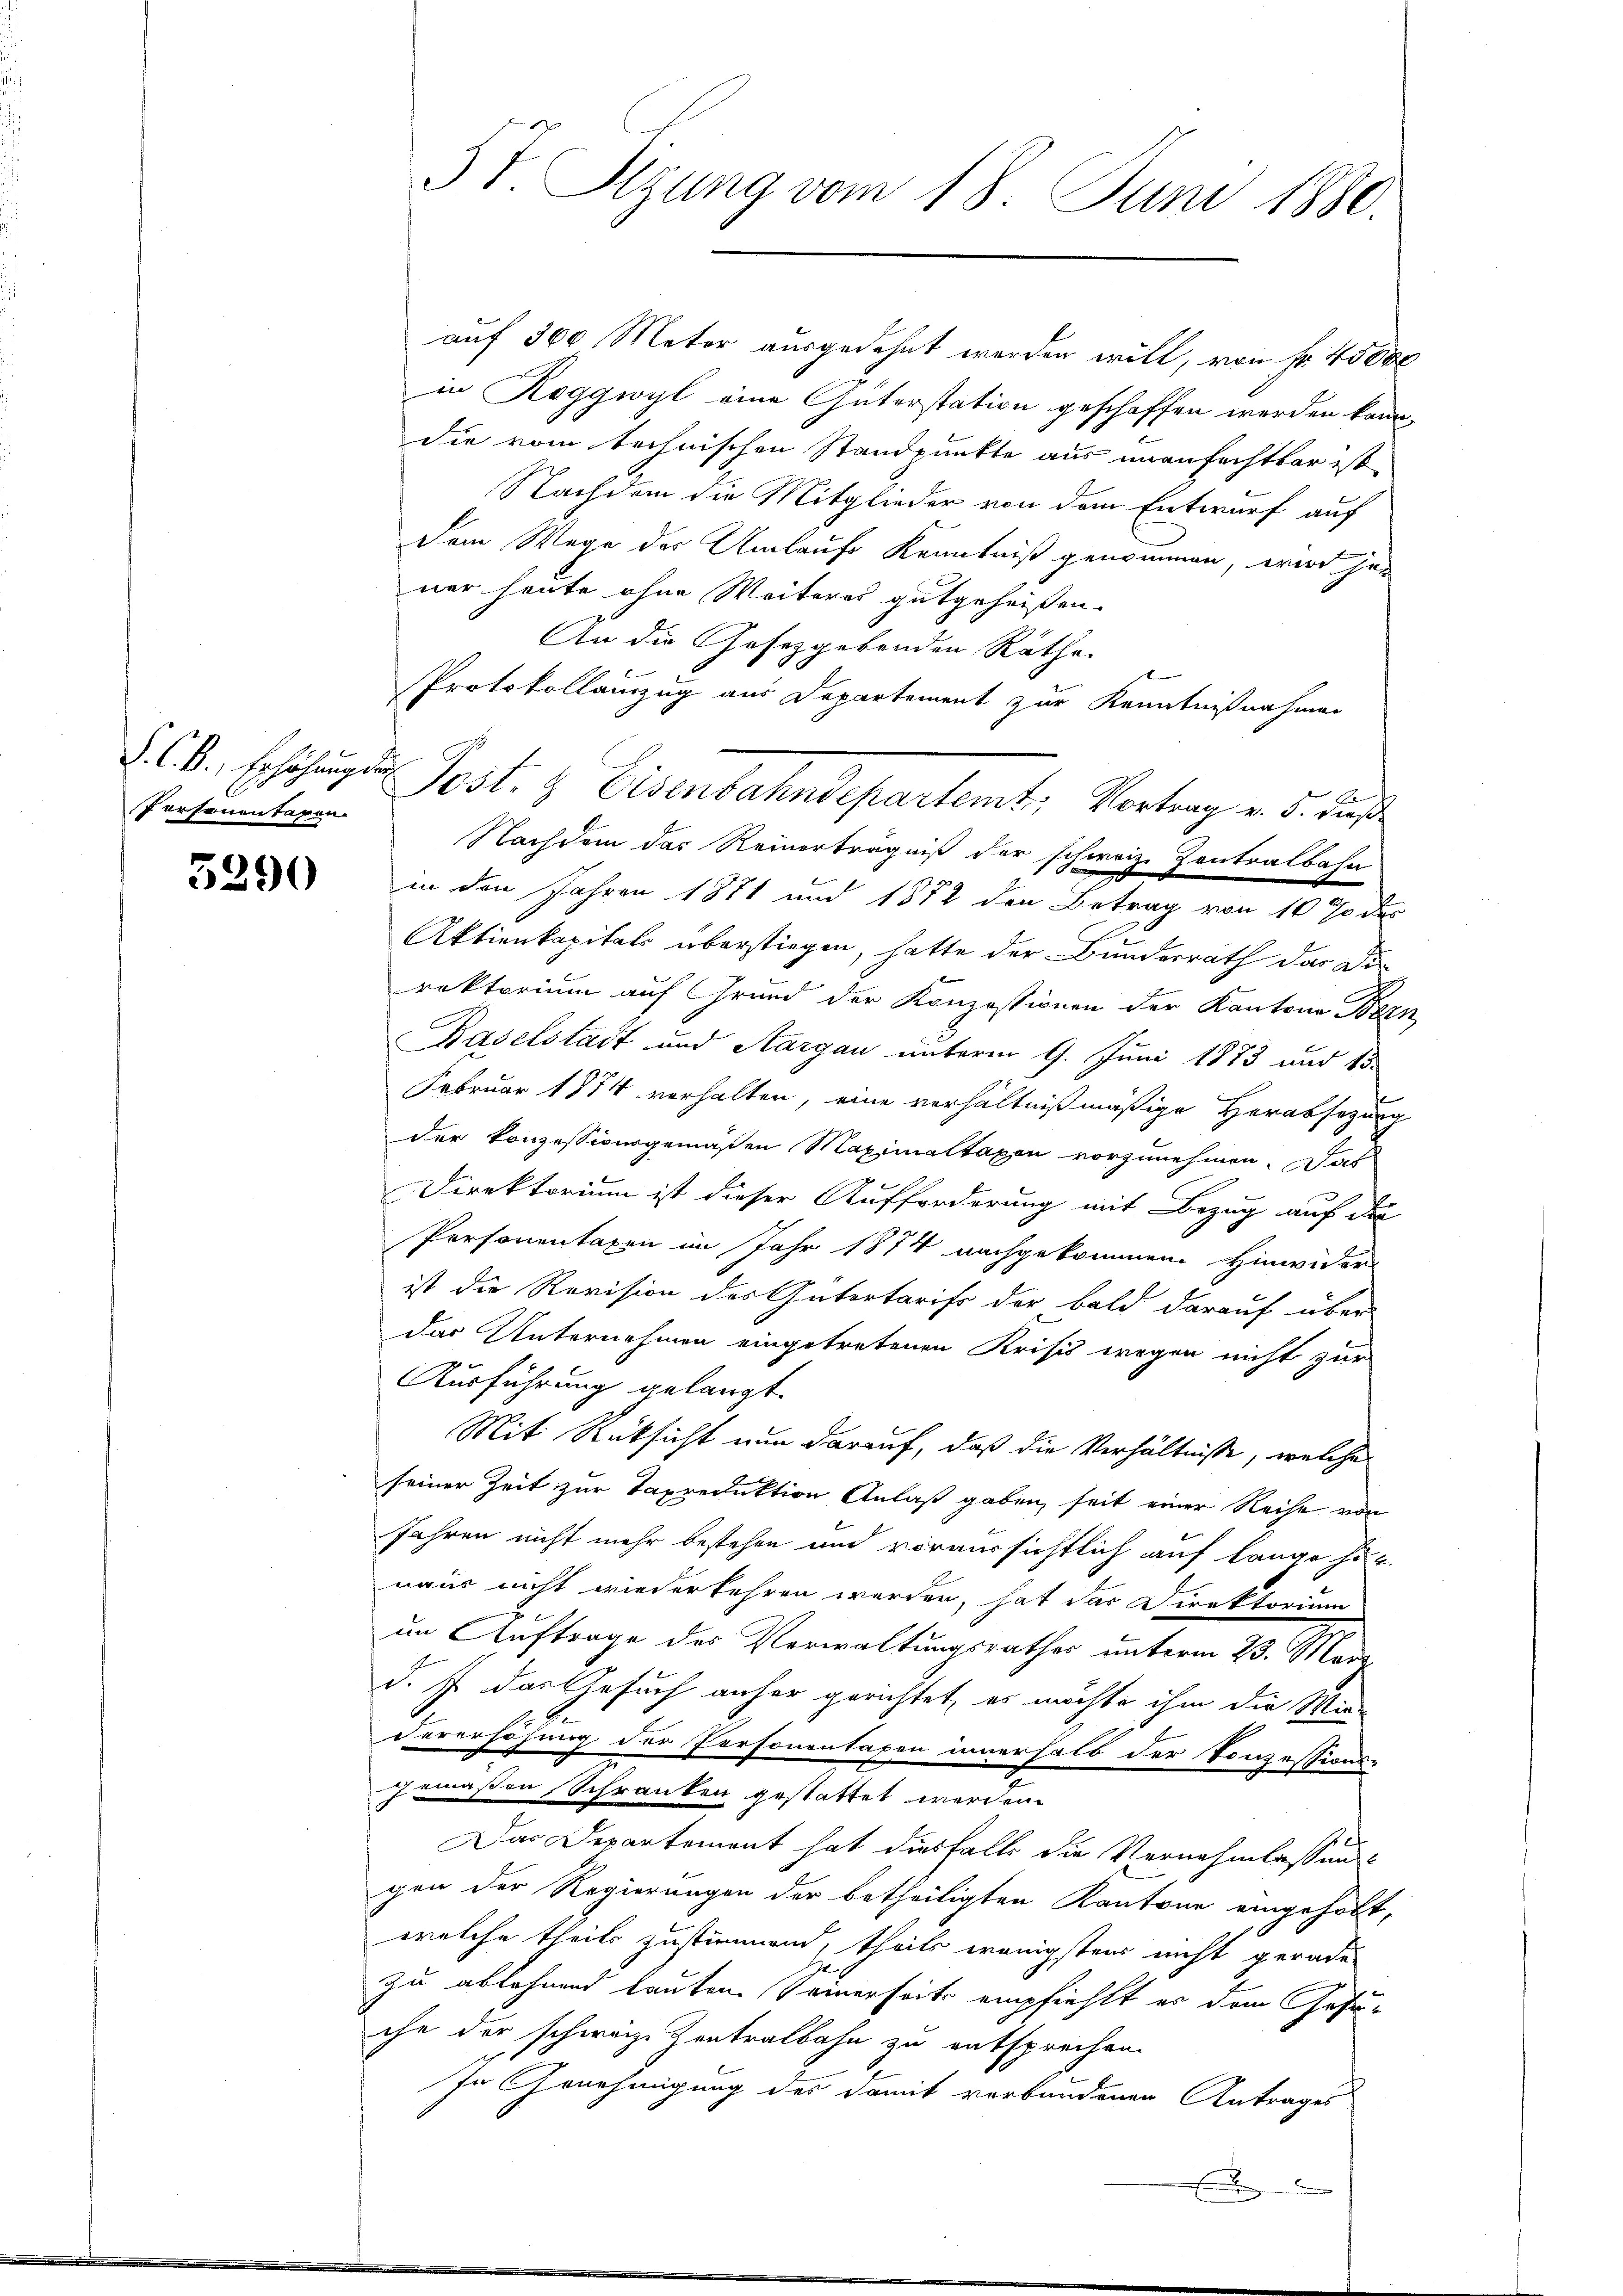
Personentaren

5290

57. Sizung vom 18. Juni 1880.

auf 300 Meter ausgedehnt werden will, von Fr. 45000
in Roggwyl eine Gutorstation geschaffen werden kann,
die vom technischen Standpunkte aus unanfechtbar ist
Nachdem die Mitglieder von dem Entwurf auf
Dem Wege der Umlaufs Kenntniß genommen, wird jen
ner heute ohne Weiteres gutgeheißen.
An die Gesetzgebenden Räthe

Protokollauszug aus Departement zur Kenntnißnahmen
s
Nachdem das Reinerträgniß der schweiz. Zentralbahn
in den Jahren 1871 und 1872 den Betrag von 10 % des
Aktienkapitals überstiegen, hatte der Bunderrath der Di-
rektorium auf Grund der Konzessionen der Kantone Bern
Baselstadt und Aargau unterm 9. Juni 1873 und 15.
Februar 1874 verhalten, eine verhältnißmäßige Herabsezung
der konzessionsgemäßen Maximaltaxen vorzunehmen. Das

Direktorium ist dieser Aufforderung mit Bezug auf der
Personentaxen im Jahr 1874 nachgekommen Hinwider
ist die Revision des Gütertarifs der bald darauf über
das Unternehmen eingetretenen Krisis wegen nicht zur
Ausführung gelangt.
Mit Rücksicht nun darauf, daß die Verhältnisse, welche
seiner Zeit zur Taxreduktion Anlaß gaben, seit einer Reihe von
Jahren nicht mehr bestehen und voraussichtlich auf lange hat.
naus nicht wiederkehren werden, hat das Direktorium
im Auftrage des Verwaltungsrathes unterm 23. März
d. J. das Gesuch anher gerichtet, es möchte ihm die Wir-
Vorerhöhung der Personentaxen innerhalb der Konzessions-
gemäßen Schranken gestattet werden.
Das Departement hat diesfalls die Vernehmlassung
gen der Regierungen der betheiligten Kantone eingeholt,
welche theils zustimmend, theils wenigstens nicht gerade
zu ablehnend lauten. Seinerseits empfiehlt es dem Gesuche der schwarze Zentralbahn zu entsprechen.
In Genehmigung des damit verbundenen Antrages

§. C. B., Erhöhŭngen Post- & Eisenbahndepartemt, Vortrag v. 5. dieß